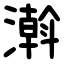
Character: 濣